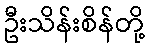
ဦးသိန်းစိန်တို့